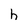
Character: h